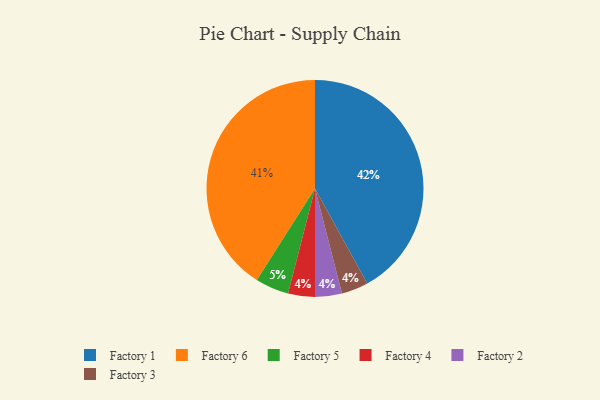
{"axis": {"x": "Category", "y": "Percentage"}, "legend": ["Factory 1", "Factory 2", "Factory 3", "Factory 4", "Factory 5", "Factory 6"], "data": [{"x": "Factory 4", "y": 4, "type": "Factory 4"}, {"x": "Factory 6", "y": 41, "type": "Factory 6"}, {"x": "Factory 2", "y": 4, "type": "Factory 2"}, {"x": "Factory 3", "y": 4, "type": "Factory 3"}, {"x": "Factory 1", "y": 42, "type": "Factory 1"}, {"x": "Factory 5", "y": 5, "type": "Factory 5"}]}